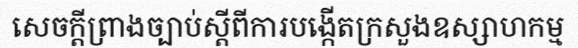
សេចក្តីព្រាងច្បាប់ស្តីពីការបង្កើតក្រសួងឧស្សាហកម្ម